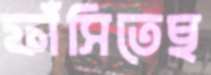
ফাঁসিতেছ